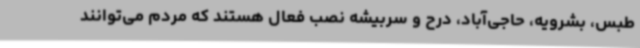
طبس، بشرویه، حاجی‌آباد، درح و سربیشه نصب فعال هستند که مردم می‌توانند